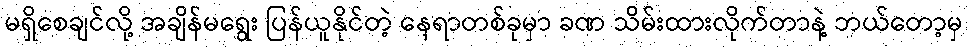
မရှိစေချင်လို့ အချိန်မရွေး ပြန်ယူနိုင်တဲ့ နေရာတစ်ခုမှာ ခဏ သိမ်းထားလိုက်တာနဲ့ ဘယ်တော့မှ